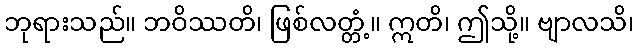
ဘုရားသည်။ ဘဝိဿတိ၊ ဖြစ်လတ္တံ့။ ဣတိ၊ ဤသို့။ ဗျာလသိ၊